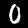
Digit: 0